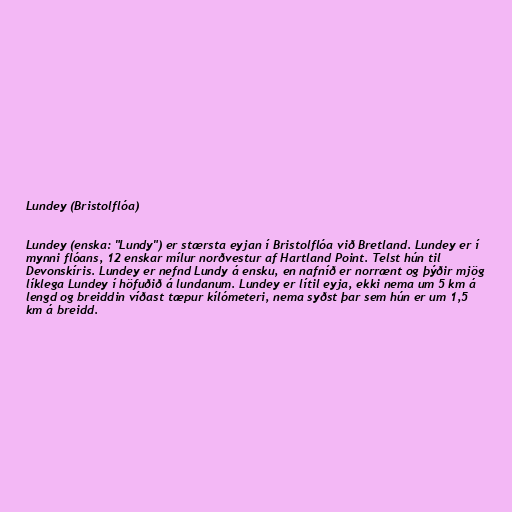
Lundey (Bristolflóa)

Lundey (enska: "Lundy") er stærsta eyjan í Bristolflóa við Bretland. Lundey er í
mynni flóans, 12 enskar mílur norðvestur af Hartland Point. Telst hún til
Devonskíris. Lundey er nefnd Lundy á ensku, en nafníð er norrænt og þýðir mjög
líklega Lundey í höfuðið á lundanum. Lundey er lítil eyja, ekki nema um 5 km á
lengd og breiddin víðast tæpur kílómeteri, nema syðst þar sem hún er um 1,5
km á breidd.